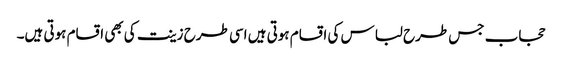
حجاب جس طرح لباس کی اقسام ہوتی ہیں اسی طرح زینت کی بھی اقسام ہوتی ہیں۔